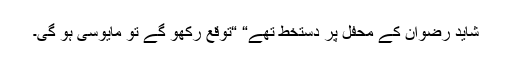
شاید رضوان کے محفل پر دستخط تھے“ “توقع رکھو گے تو مایوسی ہو گی۔